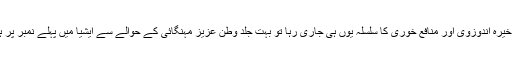
اگر ذخیرہ اندوزوی اور منافع خوری کا سلسلہ یوں ہی جاری رہا تو بہت جلد وطن عزیز مہنگائی کے حوالے سے ایشیا میں پہلے نمبر پر ہو گا۔